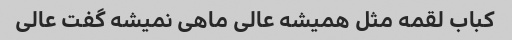
کباب لقمه مثل همیشه عالی ماهی نمیشه گفت عالی